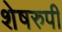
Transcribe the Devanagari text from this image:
शेषरुपी